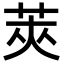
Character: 莢